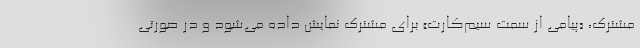
مشترک، «پیامی از سمت سیم‌کارت» برای مشترک نمایش داده می‌شود و در صورتی